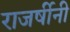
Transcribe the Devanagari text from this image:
राजर्षीनी